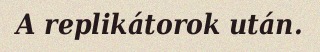
A replikátorok után.